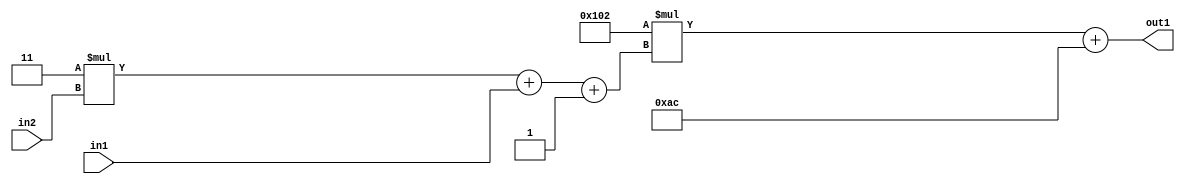
`timescale 1ps / 1ps
/*****************************************************************************
    Verilog RTL Description
    
    
    Created by: Stratus DpOpt 2019.1.01 
*******************************************************************************/

module DC_Filter_Add2i172Mul2i258Add3i1u1Mul2i3u2_1 (
	in2,
	in1,
	out1
	); /* architecture "behavioural" */ 
input [1:0] in2;
input  in1;
output [11:0] out1;
wire [11:0] asc001;
wire [3:0] asc002;

wire [3:0] asc002_tmp_0;
wire [3:0] asc002_tmp_1;
assign asc002_tmp_1 = 
	+(4'B0011 * in2);
assign asc002_tmp_0 = asc002_tmp_1
	+(in1);
assign asc002 = asc002_tmp_0
	+(4'B0001);

wire [11:0] asc001_tmp_2;
assign asc001_tmp_2 = 
	+(12'B000100000010 * asc002);
assign asc001 = asc001_tmp_2
	+(12'B000010101100);

assign out1 = asc001;
endmodule

/* CADENCE  vrTxSQg= : u9/ySgnWtBlWxVPRXgAZ4Og= ** DO NOT EDIT THIS LINE ******/